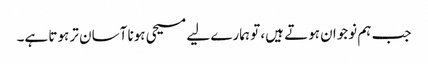
جب ہم نوجوان ہوتے ہیں، تو ہمارے لیے مسیحی ہونا آسان تر ہوتا ہے۔